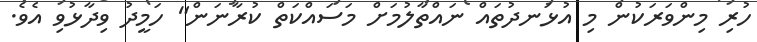
ހުރި މިންވަރަކުން މި އުޅަނދުތައް ނައްތާލުމަށް މަސައްކަތް ކުރާނަން" ހަމީދު ވިދާޅުވި އެވެ.